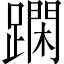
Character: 𨅽